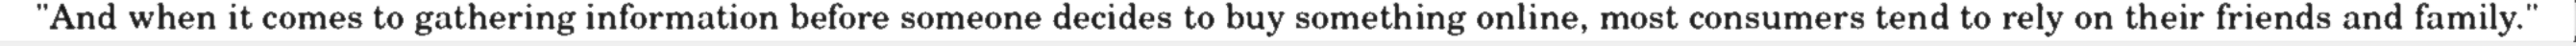
"And when it comes to gathering information before someone decides to buy something online, most consumers tend to rely on their friends and family."